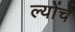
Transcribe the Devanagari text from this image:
ल्योंचे